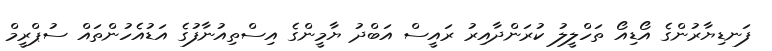
ފަނޑިޔާރުންގެ އޯޑިއޯ ތަހްލީލު ކުރަންދާއިރު ރައީސް އަބްދު ޔާމީންގެ އިސްތިއުނާފުގެ އަޑުއެހުންތައް ސުޕްރީމް